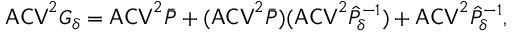
\mathsf { A C V } ^ { 2 } G _ { \delta } = \mathsf { A C V } ^ { 2 } \bar { P } + ( \mathsf { A C V } ^ { 2 } \bar { P } ) ( \mathsf { A C V } ^ { 2 } \hat { P } _ { \delta } ^ { - 1 } ) + \mathsf { A C V } ^ { 2 } \hat { P } _ { \delta } ^ { - 1 } ,